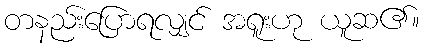
တနည်းပြောရလျှင် အရူးဟု ယူဆ၏။